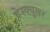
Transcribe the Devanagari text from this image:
वेस्क्युलर